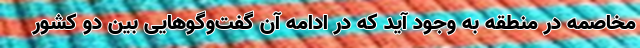
مخاصمه در منطقه به وجود آید که در ادامه آن گفت‌وگوهایی بین دو کشور